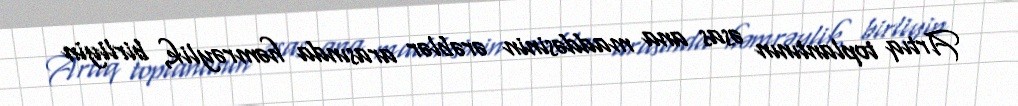
Artıq toplantının əsas ana maddəsinin ərəblər arasında həmrəylik, birliyin